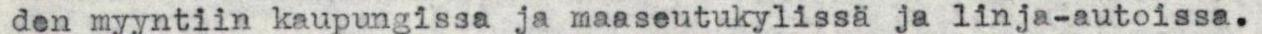
den myyntiin kaupungissa ja maaseutukylissä ja linja-autoissa.